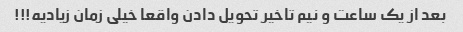
بعد از یک ساعت و نیم تاخیر تحویل دادن واقعا خیلی زمان زیادیه!!!